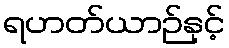
ရဟတ်ယာဉ်နှင့်